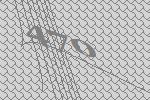
470